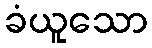
ခံယူသော